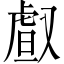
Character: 𠭯